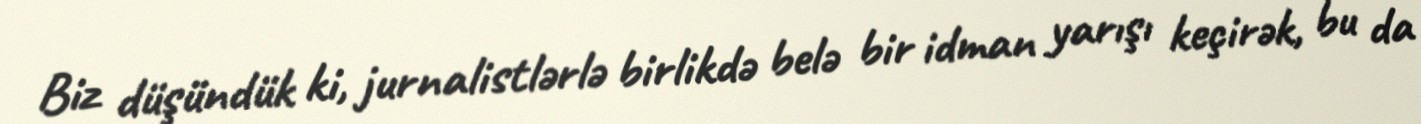
Biz düşündük ki, jurnalistlərlə birlikdə belə bir idman yarışı keçirək, bu da